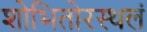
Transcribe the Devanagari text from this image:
शोभितोरस्थलं